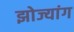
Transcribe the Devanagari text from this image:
झोज्यांग